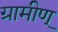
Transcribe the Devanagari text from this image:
ग्रामीण्